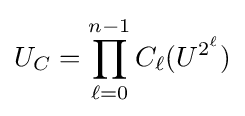
U_{C}=\prod _{\ell =0}^{n-1}C_{\ell }(U^{2^{\ell }})